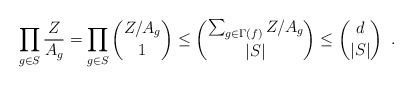
LaTeX: \begin{align*}\prod_{g \in S} \frac{Z}{A_g} = \prod_{g \in S}{\binom{Z/A_g}{1}} \le \binom{\sum_{g \in \Gamma(f)} Z/A_g}{|S|}\le \binom{d}{|S|} \enspace . \end{align*}